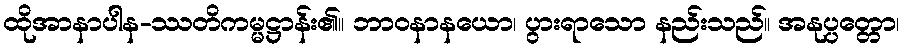
ထိုအာနာပါန-ဿတိကမ္မဋ္ဌာန်း၏။ ဘာဝနာနယော၊ ပွားရာသော နည်းသည်။ အနုပ္ပတ္တော၊